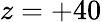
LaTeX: z=+40